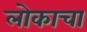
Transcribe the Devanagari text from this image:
लोकाचा